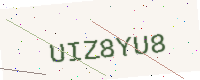
Text: UIZ8YU8